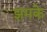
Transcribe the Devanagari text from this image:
झमके